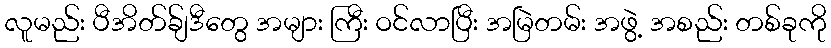
လူမည်း ပီအိတ်ခ်ျဒီတွေ အများ ကြီး ဝင်လာပြီး အမြဲတမ်း အဖွဲ့ အစည်း တစ်ခုကို